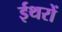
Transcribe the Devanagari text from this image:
ईथरों